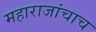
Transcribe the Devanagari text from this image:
महाराजांचाच